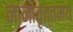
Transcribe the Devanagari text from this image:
नानावृत्तमय